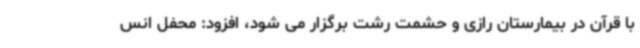
با قرآن در بیمارستان رازی و حشمت رشت برگزار می شود، افزود: محفل انس